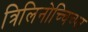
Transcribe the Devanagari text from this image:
त्रिलिनोच्चिच्पर